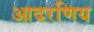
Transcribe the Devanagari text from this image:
आदरणिय